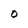
Character: O